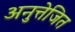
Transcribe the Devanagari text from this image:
अनुत्तेजित